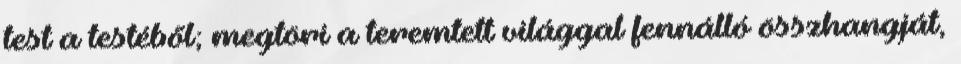
test a testéből; megtöri a teremtett világgal fennálló összhangját,